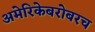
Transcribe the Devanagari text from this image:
अमेरिकेबरोबरच